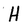
Character: H